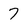
Character: 7